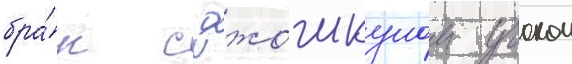
бра́к с джошкуном учоком